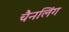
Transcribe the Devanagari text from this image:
चैनलिंग